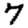
Digit: 7